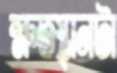
ক্ষতস্থানটা